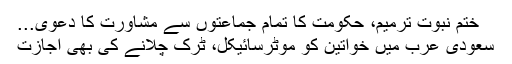
ختمِ نبوت ترمیم، حکومت کا تمام جماعتوں سے مشاورت کا دعویٰ...
سعودی عرب میں خواتین کو موٹرسائیکل، ٹرک چلانے کی بھی اجازت